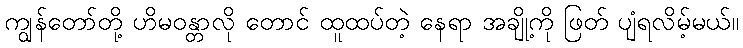
ကျွန်တော်တို့ ဟိမဝန္တာလို တောင် ထူထပ်တဲ့ နေရာ အချို့ကို ဖြတ် ပျံရလိမ့်မယ်။